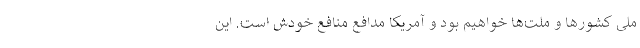
ملی کشورها و ملت‌ها خواهیم بود و آمریکا مدافع منافع خودش است. این